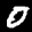
Label: 0